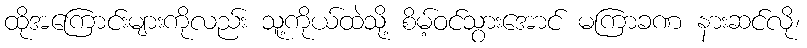
ထိုအကြောင်းများကိုလည်း သူ့ကိုယ်ထဲသို့ စိမ့်ဝင်သွားအောင် မကြာခဏ နားဆင်လို၊